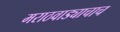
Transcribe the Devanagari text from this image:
मराठवाड्याचाच